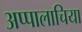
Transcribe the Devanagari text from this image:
अप्पालाचिया